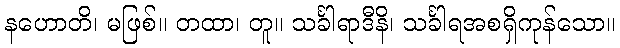
နဟောတိ၊ မဖြစ်။ တထာ၊ တူ။ သင်္ခါရာဒီနိ၊ သင်္ခါရအစရှိကုန်သော။